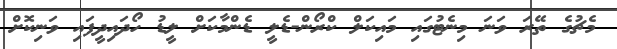
މެޗުގެ ތޭރަ ވަނަ މިނެޓުގައި މައިކަލް ކްރޯން-ޑެލީ ޑެންމާކަށް ލީޑު ހޯދައިދީފައި ވަނިކޮށް